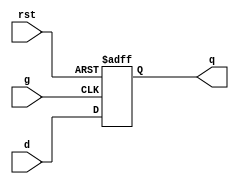
module D_flipFlop(
    
  input d, 
  input g, 
  input rst,
  output reg q
);
    
  always @(posedge g, posedge rst)
    if (rst) 
        q <= 1'b0;
    else
        q <= d;
    
endmodule